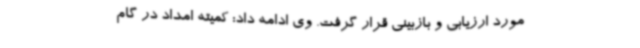
مورد ارزیابی و بازبینی قرار گرفت. وی ادامه داد: کمیته امداد در گام